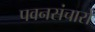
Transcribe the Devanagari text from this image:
पवनसंचारों